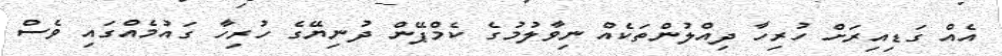
އެއް ގަޑިއިރަށް ހުރިހާ ދިއްލުންތަކެއް ނިވާލުމުގެ ކެމްޕޭން ދުނިޔޭގެ ހުރިހާ ގައުމެއްގައި ވެސް